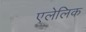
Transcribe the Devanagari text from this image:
एलेलिक